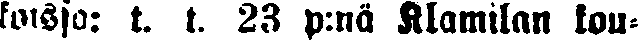
koisso: t. t. 28 p:nä Klamilan kou-